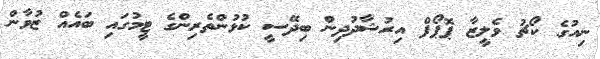
ނިއުގެ ކޯޗު ވެލީޒާ ޕޮޕޯފް އިރުޝާދުދިން ބިދޭސީ ކުޅުންތެރިންގެ ޓީމުގައި ބައެއް ޒުވާން